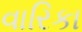
વારિકા